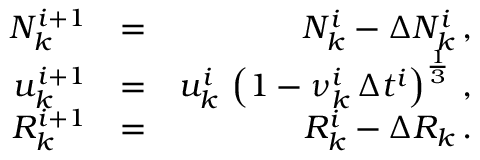
\begin{array} { r l r } { N _ { k } ^ { i + 1 } } & { = } & { N _ { k } ^ { i } - \Delta N _ { k } ^ { i } \, , } \\ { u _ { k } ^ { i + 1 } } & { = } & { u _ { k } ^ { i } \, \left( 1 - \nu _ { k } ^ { i } \, \Delta t ^ { i } \right) ^ { \frac { 1 } { 3 } } \, , } \\ { R _ { k } ^ { i + 1 } } & { = } & { R _ { k } ^ { i } - \Delta R _ { k } \, . } \end{array}